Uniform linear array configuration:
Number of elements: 48
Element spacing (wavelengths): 1
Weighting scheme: uniform
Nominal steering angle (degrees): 45
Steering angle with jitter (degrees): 43.965
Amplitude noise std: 0.05
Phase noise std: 0.05

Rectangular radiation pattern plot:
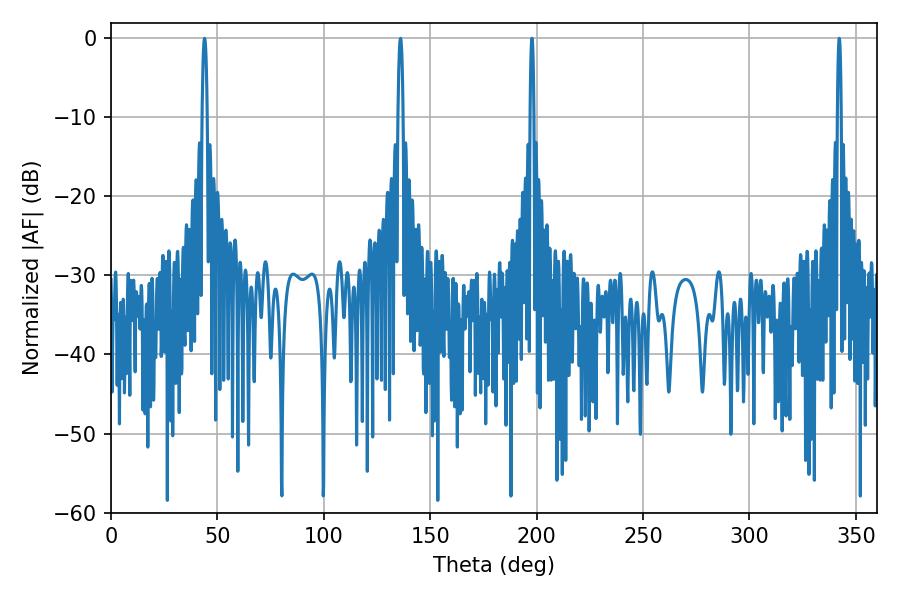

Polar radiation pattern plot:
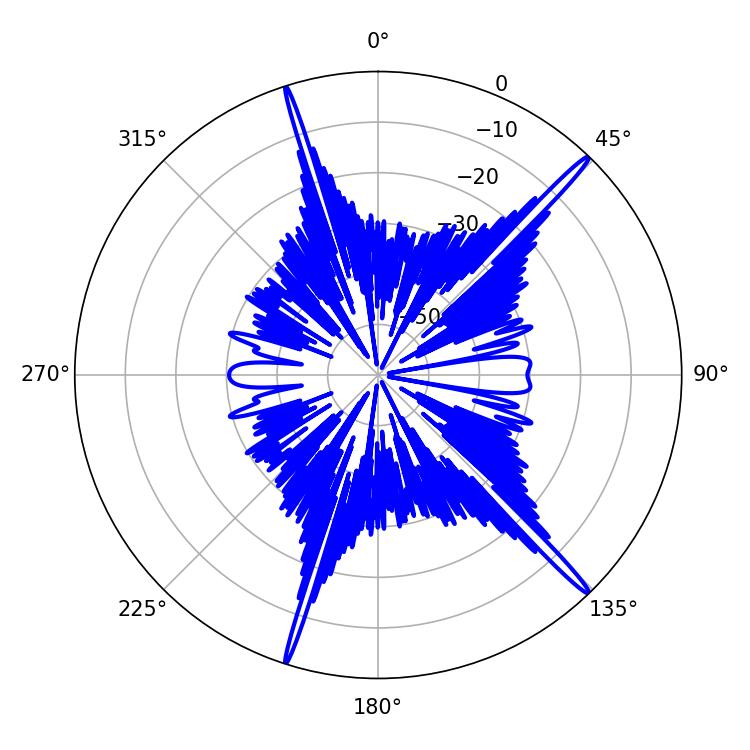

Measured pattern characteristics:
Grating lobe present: TRUE
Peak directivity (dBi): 18.747
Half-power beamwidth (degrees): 0.9
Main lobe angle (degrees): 342.18